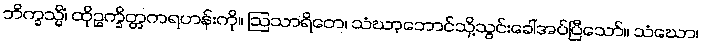
ဘိက္ခသ္မိံ၊ ထိုဥက္ခိတ္တကရဟန်းကို။ ဩသာရိတေ၊ သံဃာ့ဘောင်သို့သွင်းခေါ်အပ်ပြီသော်။ သံဃော၊